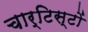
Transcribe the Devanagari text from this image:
चार्टिस्टों